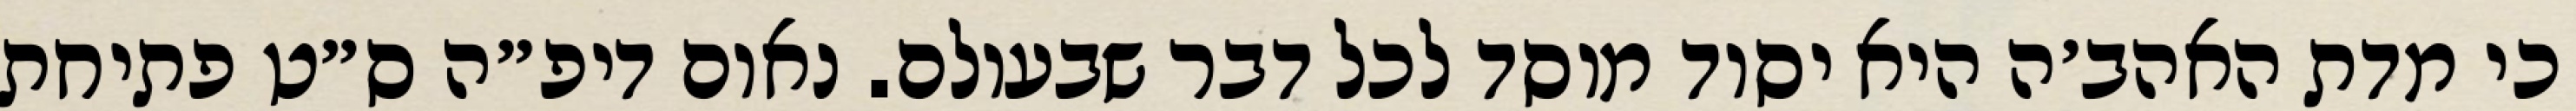
כי מדת האהב׳ה היא יסוד מוסד לכל דבר שבעולם. נאום דיפ״ה ס״ט פתיחת